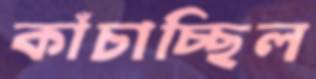
কাঁচাচ্ছিল